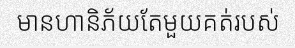
មានហានិភ័យតែមួយគត់របស់